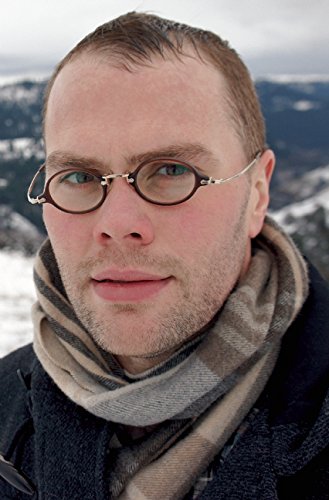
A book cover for Four Plays; Samuel D. Hunter; Literature & Fiction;